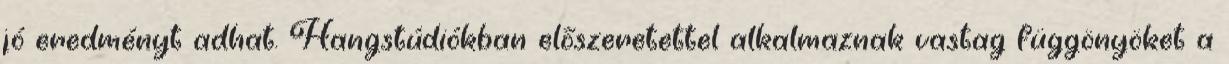
jó eredményt adhat. Hangstúdiókban előszeretettel alkalmaznak vastag függönyöket a